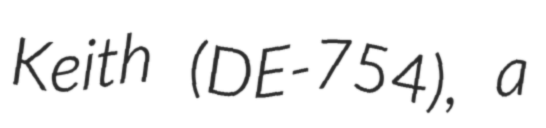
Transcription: Keith (DE-754), a